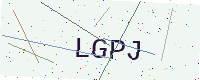
Text: LGPJ